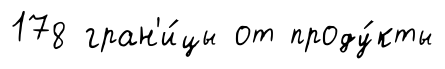
178 гран'и́цы от проду́кты